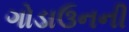
ગોડાઉનની